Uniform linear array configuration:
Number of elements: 16
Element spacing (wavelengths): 0.5
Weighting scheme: binomial
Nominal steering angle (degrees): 60
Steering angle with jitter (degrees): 58.452
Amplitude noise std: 0.05
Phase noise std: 0.05

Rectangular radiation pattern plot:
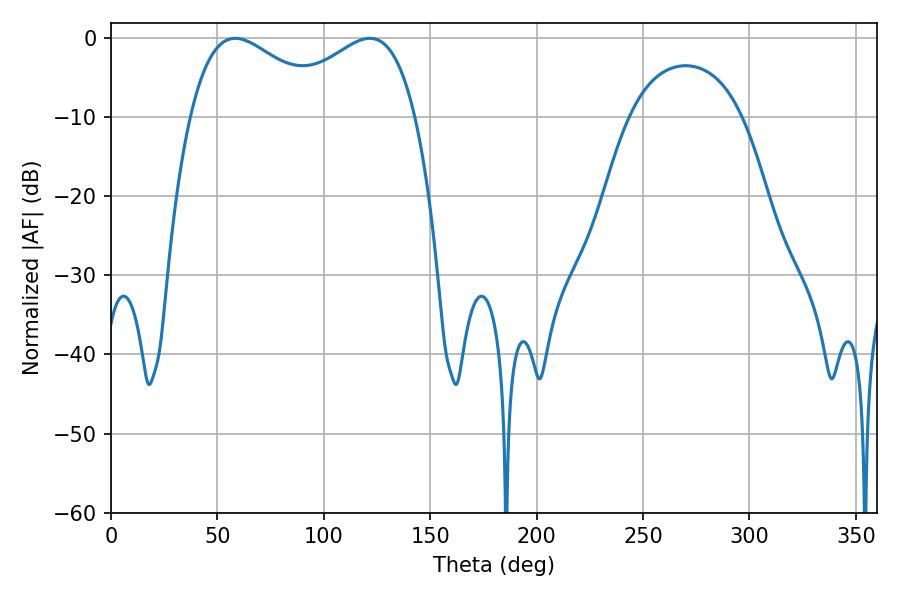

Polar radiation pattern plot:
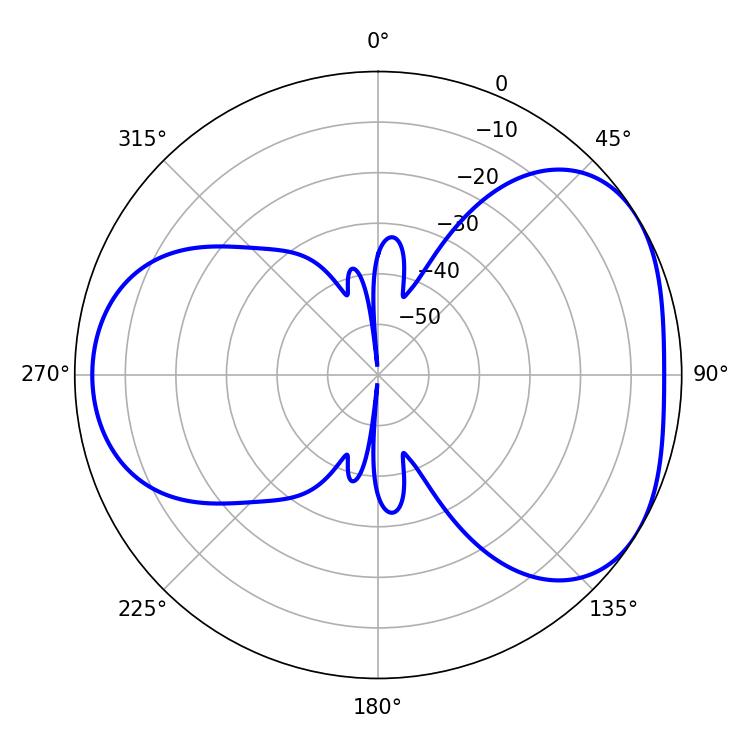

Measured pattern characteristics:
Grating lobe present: FALSE
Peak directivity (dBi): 4.214
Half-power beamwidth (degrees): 36
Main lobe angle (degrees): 58.32